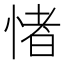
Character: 㥩